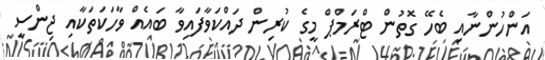
އަންހުންނާއި ބެހޭ ގޮތުން ޓްރަމްޕް މީގެ ކުރިން ދައްކަވާފައިވާ ބައެއް ވާހަކަތަކާއި ޖިންސީ